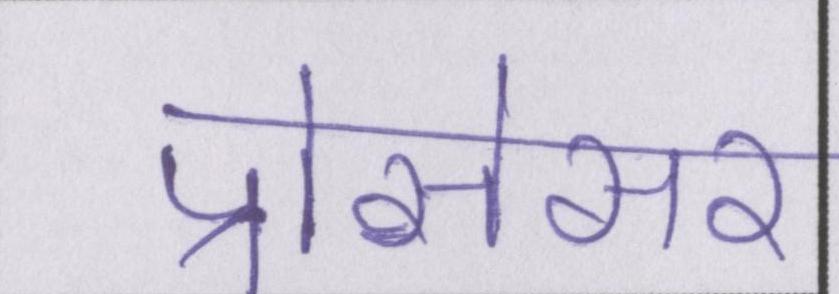
प्रोसेसर